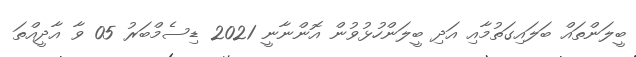
ބީލަންތައް ބަލައިގަތުމާއި އަދި ބީލަންހުޅުވުން އޮންނާނީ 2021 ޑިސެމްބަރު 05 ވާ އާދީއްތަ